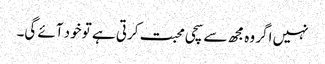
نہیں اگر وہ مجھ سے سچی محبت کرتی ہے تو خود آئے گی۔